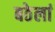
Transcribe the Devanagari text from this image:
बठेलां